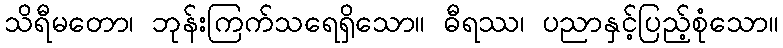
သိရီမတော၊ ဘုန်းကြက်သရေရှိသော။ ဓီရဿ၊ ပညာနှင့်ပြည့်စုံသော။